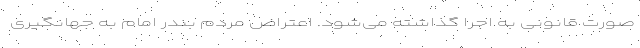
صورت قانونی به اجرا گذاشته می‌شود. اعتراض مردم بندر امام به جهانگیری